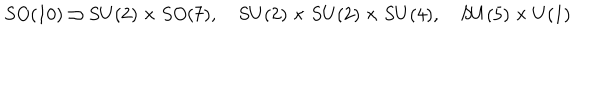
S O ( 1 0 ) \supset S U ( 2 ) \times S O ( 7 ) , \quad S U ( 2 ) \times S U ( 2 ) \times S U ( 4 ) , \quad S U ( 5 ) \times U ( 1 )